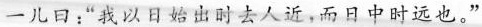
一儿日：”我以日始出时去人近，而日中时远也。”